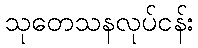
သုတေသနလုပ်ငန်း